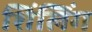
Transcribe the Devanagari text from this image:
शिंलिंग